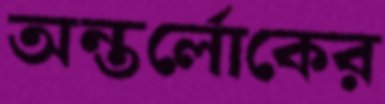
অন্তর্লোকের